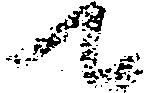
て